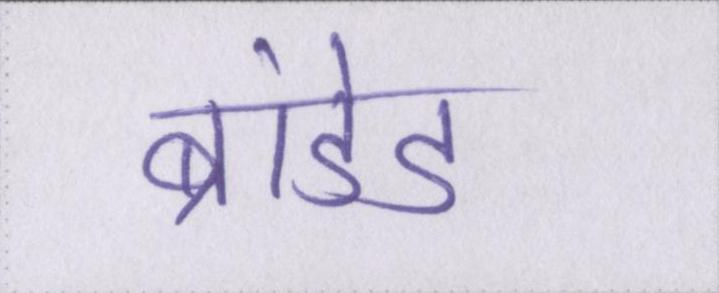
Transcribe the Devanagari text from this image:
ब्रांडेड